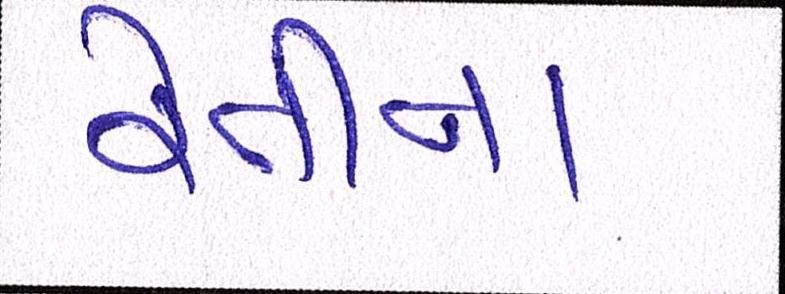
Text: રેતીના